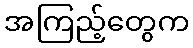
အကြည့်တွေက